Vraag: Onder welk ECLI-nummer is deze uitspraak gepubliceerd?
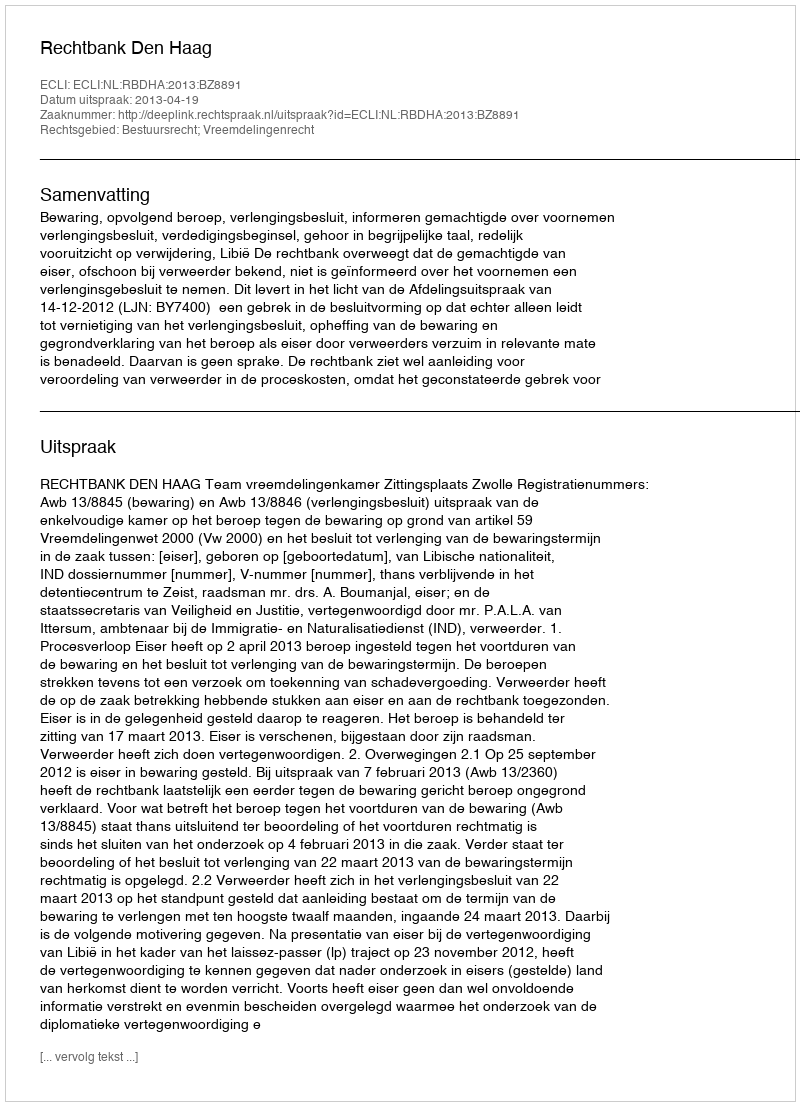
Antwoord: ECLI:NL:RBDHA:2013:BZ8891